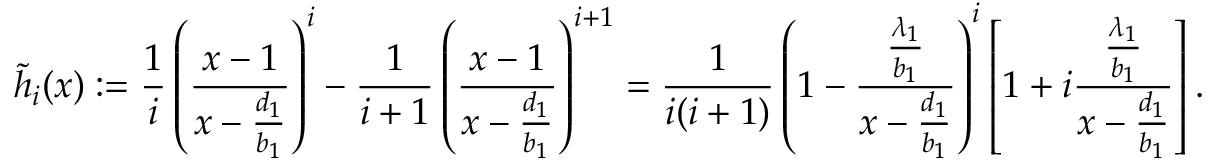
\tilde { h } _ { i } ( x ) : = \frac { 1 } { i } \left( \frac { x - 1 } { x - \frac { d _ { 1 } } { b _ { 1 } } } \right) ^ { i } - \frac { 1 } { i + 1 } \left( \frac { x - 1 } { x - \frac { d _ { 1 } } { b _ { 1 } } } \right) ^ { i + 1 } = \frac { 1 } { i ( i + 1 ) } \left( 1 - \frac { \frac { \lambda _ { 1 } } { b _ { 1 } } } { x - \frac { d _ { 1 } } { b _ { 1 } } } \right) ^ { i } \left[ 1 + i \frac { \frac { \lambda _ { 1 } } { b _ { 1 } } } { x - \frac { d _ { 1 } } { b _ { 1 } } } \right] .